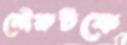
নৌরুটকে